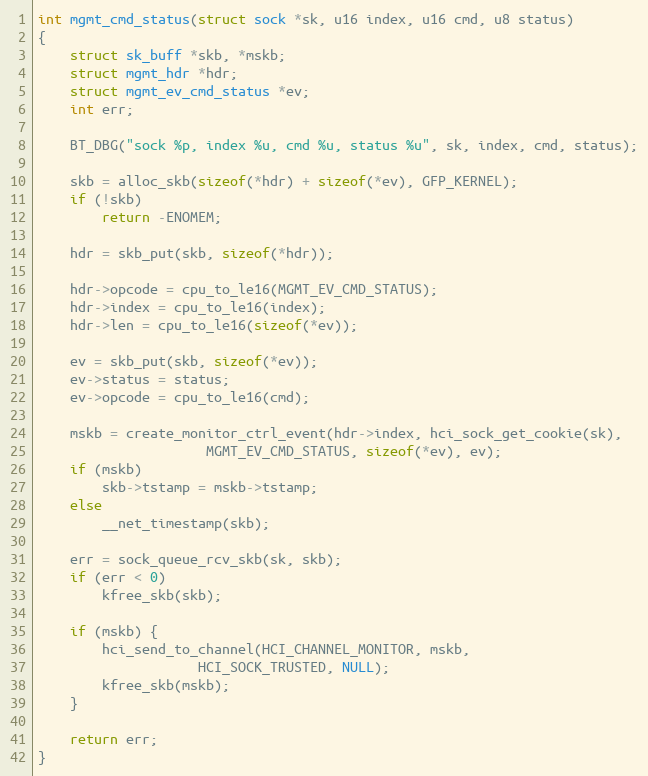
Language: C
int mgmt_cmd_status(struct sock *sk, u16 index, u16 cmd, u8 status)
{
	struct sk_buff *skb, *mskb;
	struct mgmt_hdr *hdr;
	struct mgmt_ev_cmd_status *ev;
	int err;

	BT_DBG("sock %p, index %u, cmd %u, status %u", sk, index, cmd, status);

	skb = alloc_skb(sizeof(*hdr) + sizeof(*ev), GFP_KERNEL);
	if (!skb)
		return -ENOMEM;

	hdr = skb_put(skb, sizeof(*hdr));

	hdr->opcode = cpu_to_le16(MGMT_EV_CMD_STATUS);
	hdr->index = cpu_to_le16(index);
	hdr->len = cpu_to_le16(sizeof(*ev));

	ev = skb_put(skb, sizeof(*ev));
	ev->status = status;
	ev->opcode = cpu_to_le16(cmd);

	mskb = create_monitor_ctrl_event(hdr->index, hci_sock_get_cookie(sk),
					 MGMT_EV_CMD_STATUS, sizeof(*ev), ev);
	if (mskb)
		skb->tstamp = mskb->tstamp;
	else
		__net_timestamp(skb);

	err = sock_queue_rcv_skb(sk, skb);
	if (err < 0)
		kfree_skb(skb);

	if (mskb) {
		hci_send_to_channel(HCI_CHANNEL_MONITOR, mskb,
				    HCI_SOCK_TRUSTED, NULL);
		kfree_skb(mskb);
	}

	return err;
}